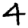
Digit: 4